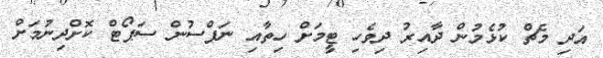
އަދި މެޗް ކުޅެމުން ދާއިރު ދިވެހި ޓީމަށް ހިތާއި ނަފްސުން ސަޕޯޓް ކޮށްދިނުމަށް